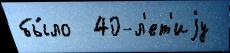
бы́ло  40-л'ет'иjу